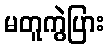
မတူကွဲပြား